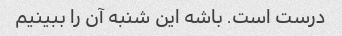
درست است. باشه این شنبه آن را ببینیم